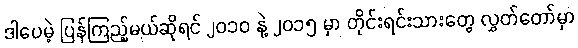
ဒါပေမဲ့ ပြန်ကြည့်မယ်ဆိုရင် ၂၀၁၀ နဲ့ ၂၀၁၅ မှာ တိုင်းရင်းသားတွေ လွှတ်တော်မှာ